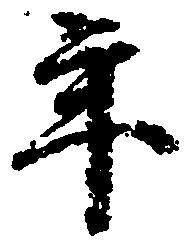
年